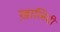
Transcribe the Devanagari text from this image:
ख़ालिदी